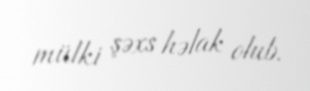
mülki şəxs həlak olub.